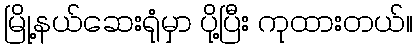
မြို့နယ်ဆေးရုံမှာ ပို့ပြီး ကုထားတယ်။